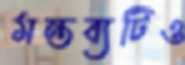
মন্তব্যটিও